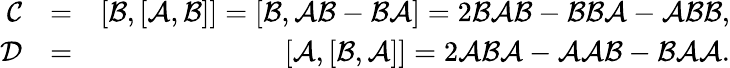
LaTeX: \begin{array}{rlr}{\mathcal{C}}&{=}&{[\mathcal{B},[\mathcal{A},\mathcal{B}]]=[\mathcal{B},\mathcal{A}\mathcal{B}-\mathcal{B}\mathcal{A}]=2\mathcal{B}\mathcal{A}\mathcal{B}-\mathcal{B}\mathcal{B}\mathcal{A}-\mathcal{A}\mathcal{B}\mathcal{B},}\\ {\mathcal{D}}&{=}&{[\mathcal{A},[\mathcal{B},\mathcal{A}]]=2\mathcal{A}\mathcal{B}\mathcal{A}-\mathcal{A}\mathcal{A}\mathcal{B}-\mathcal{B}\mathcal{A}\mathcal{A}.}\end{array}